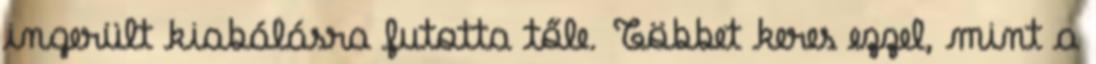
ingerült kiabálásra futotta tőle. Többet keres ezzel, mint a